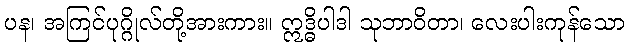
ပန၊ အကြင်ပုဂ္ဂိုလ်တို့အားကား။ ဣဒ္ဓိပါဒါ သုဘာဝိတာ၊ လေးပါးကုန်သော